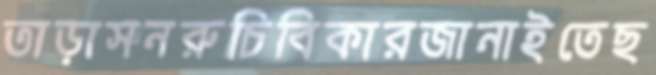
তাড়াসনরুচিবিকারজানাইতেছ